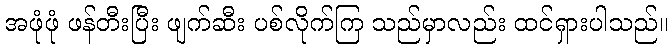
အဖုံဖုံ ဖန်တီးပြီး ဖျက်ဆီး ပစ်လိုက်ကြ သည်မှာလည်း ထင်ရှားပါသည်။